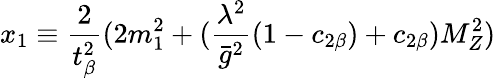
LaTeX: x_{1}\equiv\frac{2}{t_{\beta}^{2}}(2m_{1}^{2}+(\frac{\lambda^{2}}{\bar{g}^{2}}(1-c_{2\beta})+c_{2\beta})M_{Z}^{2})